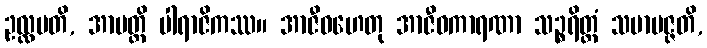
ဥလ္လပတိ, အာပတ္တိ ပါရာဇိကဿ။ အာဇီဝဟေတု အာဇီဝကာရဏာ သဉ္စရိတ္တံ သမာပဇ္ဇတိ,